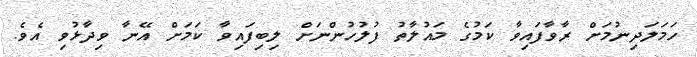
ހަމަލަދިނުމަށް ރާވާފައިވާ ކަމުގެ މައުލާތު ފުލުހުންނަށް ލިބިފައިވާ ކަމަށް އޭނާ ވިދާޅުވި އެވެ.